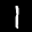
Label: 1